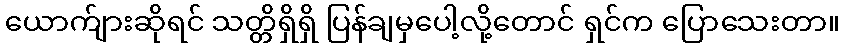
ယောက်ျားဆိုရင် သတ္တိရှိရှိ ပြန်ချမှပေါ့လို့တောင် ရှင်က ပြောသေးတာ။